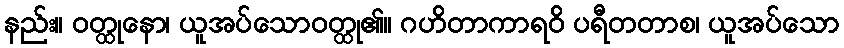
နည်း။ ဝတ္ထုနော၊ ယူအပ်သောဝတ္ထု၏။ ဂဟိတာကာရဝိ ပရီတတာစ၊ ယူအပ်သော